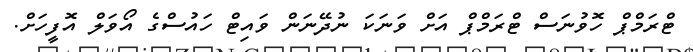
ޓްރަމްޕް ހޮވުނަސް ޓްރަމްޕް އަށް ވަނަކަ ނުދޭނަން ވައިޓް ހައުސްގެ އޯވަލް އޮފީހަށް.